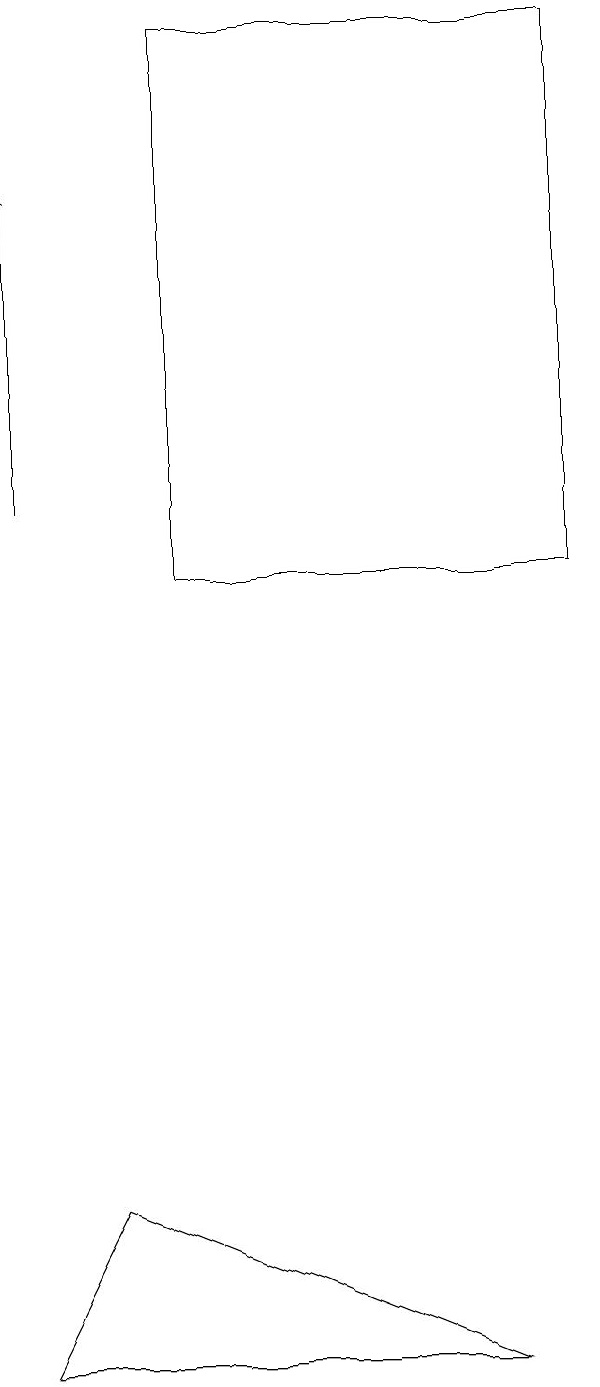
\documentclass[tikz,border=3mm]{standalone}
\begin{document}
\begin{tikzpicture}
\draw[->] (1,11) -- (1,15);
\draw (1,0) -- (7,0) -- (2,2) -- cycle;
\draw (3,10) rectangle (8,17);
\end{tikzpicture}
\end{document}